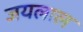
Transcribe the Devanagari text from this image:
जयलाल